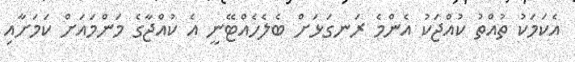
އެކަމަކު ތުއްތު ކުއްޖަކު އެންމެ ރަނގަޅަށް ބެލެހެއްޓޭނީ އެ ކުއްޖާގެ މަންމައަށް ކަމަށާއި